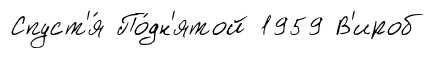
Спуст'я́ По́дн'ятой 1959 В'ироб